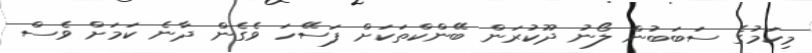
މިކަމުގެ ސަބަބުން ލޯނު ދޫކުރަން ބޭންކްތަކަށް ފަސޭހަ ވެގެން ދާނެ ކަމަށް ވެސް